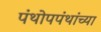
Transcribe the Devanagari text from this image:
पंथोपपंथांच्या